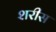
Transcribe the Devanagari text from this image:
शरीस